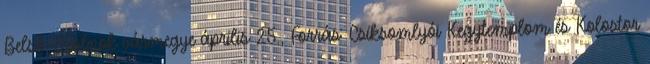
Belső-Szolnok vármegye április 25., Forrás: Csíksomlyói Kegytemplom és Kolostor